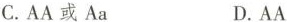
C.AA或Aa D.AA